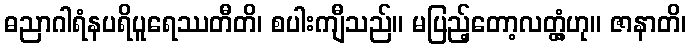
ဓညာဂါရံနပရိပူရေဿတီတိ၊ စပါးကျီသည်။ မပြည့်တော့လတ္တံ့ဟု။ ဇာနာတိ၊